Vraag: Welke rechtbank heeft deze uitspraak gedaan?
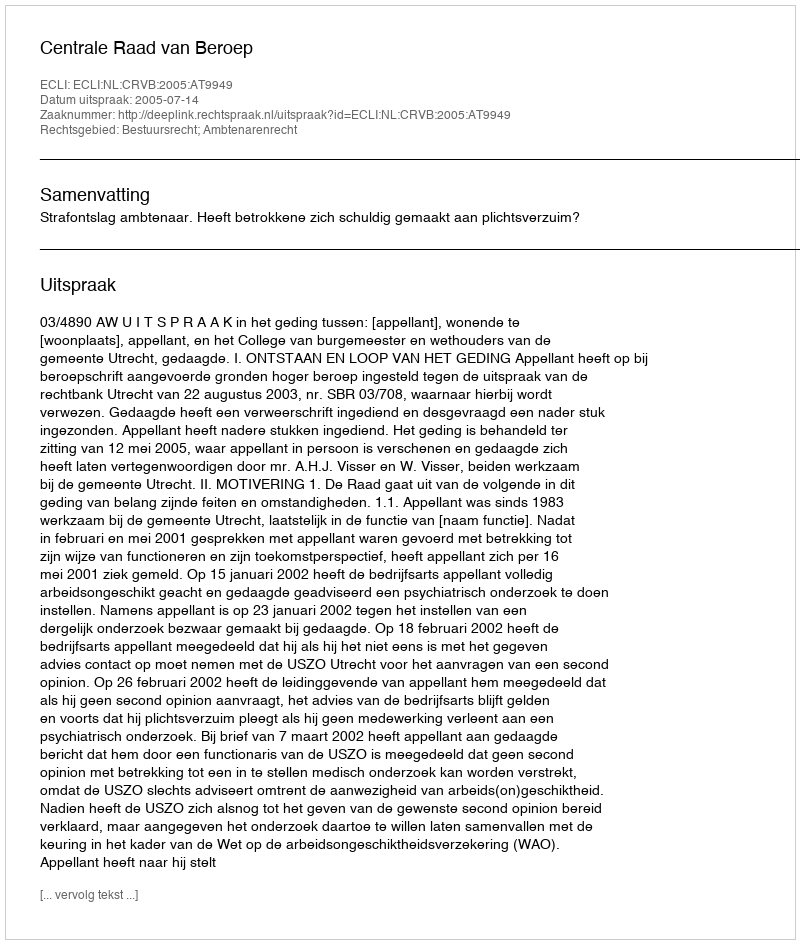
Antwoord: Centrale Raad van Beroep